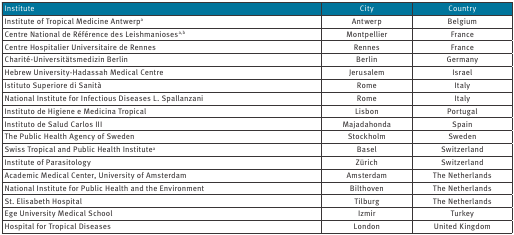
<table><thead><tr><td><b>Institute</b></td><td><b>City</b></td><td><b>Country</b></td></tr></thead><tbody><tr><td>Institute of Tropical Medicine Antwerp<sup>a</sup></td><td>Antwerp</td><td>Belgium</td></tr><tr><td>Centre National de Référence des Leishmanioses<sup>a,b</sup></td><td>Montpellier</td><td>France</td></tr><tr><td>Centre Hospitalier Universitaire de Rennes</td><td>Rennes</td><td>France</td></tr><tr><td>Charité-Universitätsmedizin Berlin</td><td>Berlin</td><td>Germany</td></tr><tr><td>Hebrew University-Hadassah Medical Centre</td><td>Jerusalem</td><td>Israel</td></tr><tr><td>Istituto Superiore di Sanità</td><td>Rome</td><td>Italy</td></tr><tr><td>National Institute for Infectious Diseases L. Spallanzani</td><td>Rome</td><td>Italy</td></tr><tr><td>Instituto de Higiene e Medicina Tropical</td><td>Lisbon</td><td>Portugal</td></tr><tr><td>Instituto de Salud Carlos III</td><td>Majadahonda</td><td>Spain</td></tr><tr><td>The Public Health Agency of Sweden</td><td>Stockholm</td><td>Sweden</td></tr><tr><td>Swiss Tropical and Public Health Institute<sup>a</sup></td><td>Basel</td><td>Switzerland</td></tr><tr><td>Institute of Parasitology</td><td>Zürich</td><td>Switzerland</td></tr><tr><td>Academic Medical Center, University of Amsterdam</td><td>Amsterdam</td><td>The Netherlands</td></tr><tr><td>National Institute for Public Health and the Environment</td><td>Bilthoven</td><td>The Netherlands</td></tr><tr><td>St. Elisabeth Hospital</td><td>Tilburg</td><td>The Netherlands</td></tr><tr><td>Ege University Medical School</td><td>Izmir</td><td>Turkey</td></tr><tr><td>Hospital for Tropical Diseases</td><td>London</td><td>United Kingdom</td></tr></tbody></table>